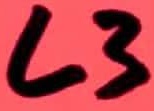
Text: L3